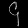
Digit: ၄